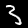
Label: 3